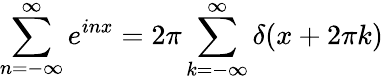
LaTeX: \sum_{n=-\infty}^{\infty}e^{inx}=2\pi\sum_{k=-\infty}^{\infty}\delta(x+2\pi k)